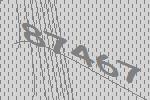
87467